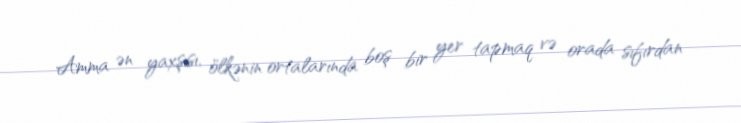
Amma ən yaxşısı, ölkənin ortalarında boş bir yer tapmaq və orada sıfırdan